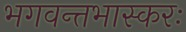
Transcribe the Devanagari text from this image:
भगवन्तभास्करः